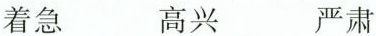
着急 高兴 严肃